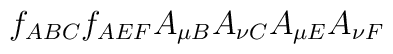
f_{ABC}f_{AEF}A_{\mu B}A_{\nu C}A_{\mu E}A_{\nu F}